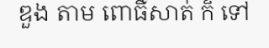
ឌួង តាម ពោធិ៍សាត់ ក៏ ទៅ